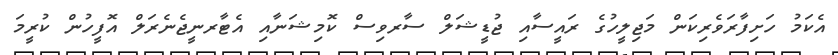
އެކަމު ހަށިފާރަވެރިކަން މަޖިލީހުގެ ރައީސާއި ޖުޑީޝަލް ސާރވިސް ކޮމިޝަނާއި އެޓާރނީޖެނެރަލް އޮފީހުން ކުރީމަ